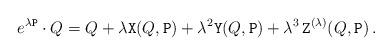
LaTeX: \begin{align*}e^{\lambda\mathtt{P}}\cdot Q=Q+\lambda\mathtt{X}(Q,\mathtt{P})+\lambda^2\mathtt{Y}(Q,\mathtt{P})+\lambda^3\,\mathtt{Z}^{(\lambda)}(Q,\mathtt{P})\,.\end{align*}